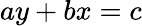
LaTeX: ay+bx=c